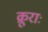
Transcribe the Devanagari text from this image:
क्रूराः